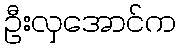
ဦးလှအောင်က